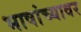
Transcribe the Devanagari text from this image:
भाषांच्यावर